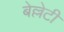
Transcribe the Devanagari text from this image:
बेल्लेटी